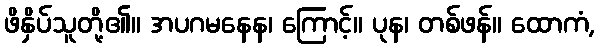
ဖိနှိပ်သူတို့၏။ အပဂမနေန၊ ကြောင့်။ ပုန၊ တစ်ဖန်။ ထောကံ,